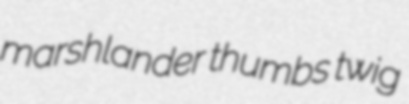
marshlander thumbs twig